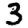
Digit: 3